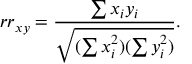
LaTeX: r r _ { x y } = { \frac { \sum x _ { i } y _ { i } } { \sqrt { ( \sum x _ { i } ^ { 2 } ) ( \sum y _ { i } ^ { 2 } ) } } } .